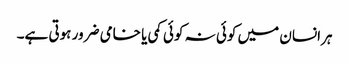
ہرانسان میں کوئی نہ کوئی کمی یا خامی ضرور ہوتی ہے۔